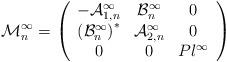
LaTeX: \begin{align*}\mathcal{M}^\infty_n=\left(\begin{array}{ccc}{-\mathcal{A}^\infty_{1,n}}&{\mathcal{B}^\infty_n}&{0}\\{\left(\mathcal{B}^\infty_n\right)^*}&{\mathcal{A}^\infty_{2,n}}&{0}\\{0}&{0}&{Pl^\infty}\end{array}\right)\end{align*}